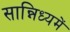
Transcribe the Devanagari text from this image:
सान्निध्‍यमें